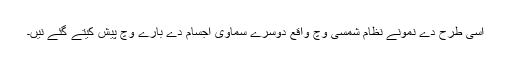
اسی طرح دے نمونے نظام شمسی وچ واقع دوسرے سماوی اجسام دے بارے وچ پیش کيتے گئے نيں۔